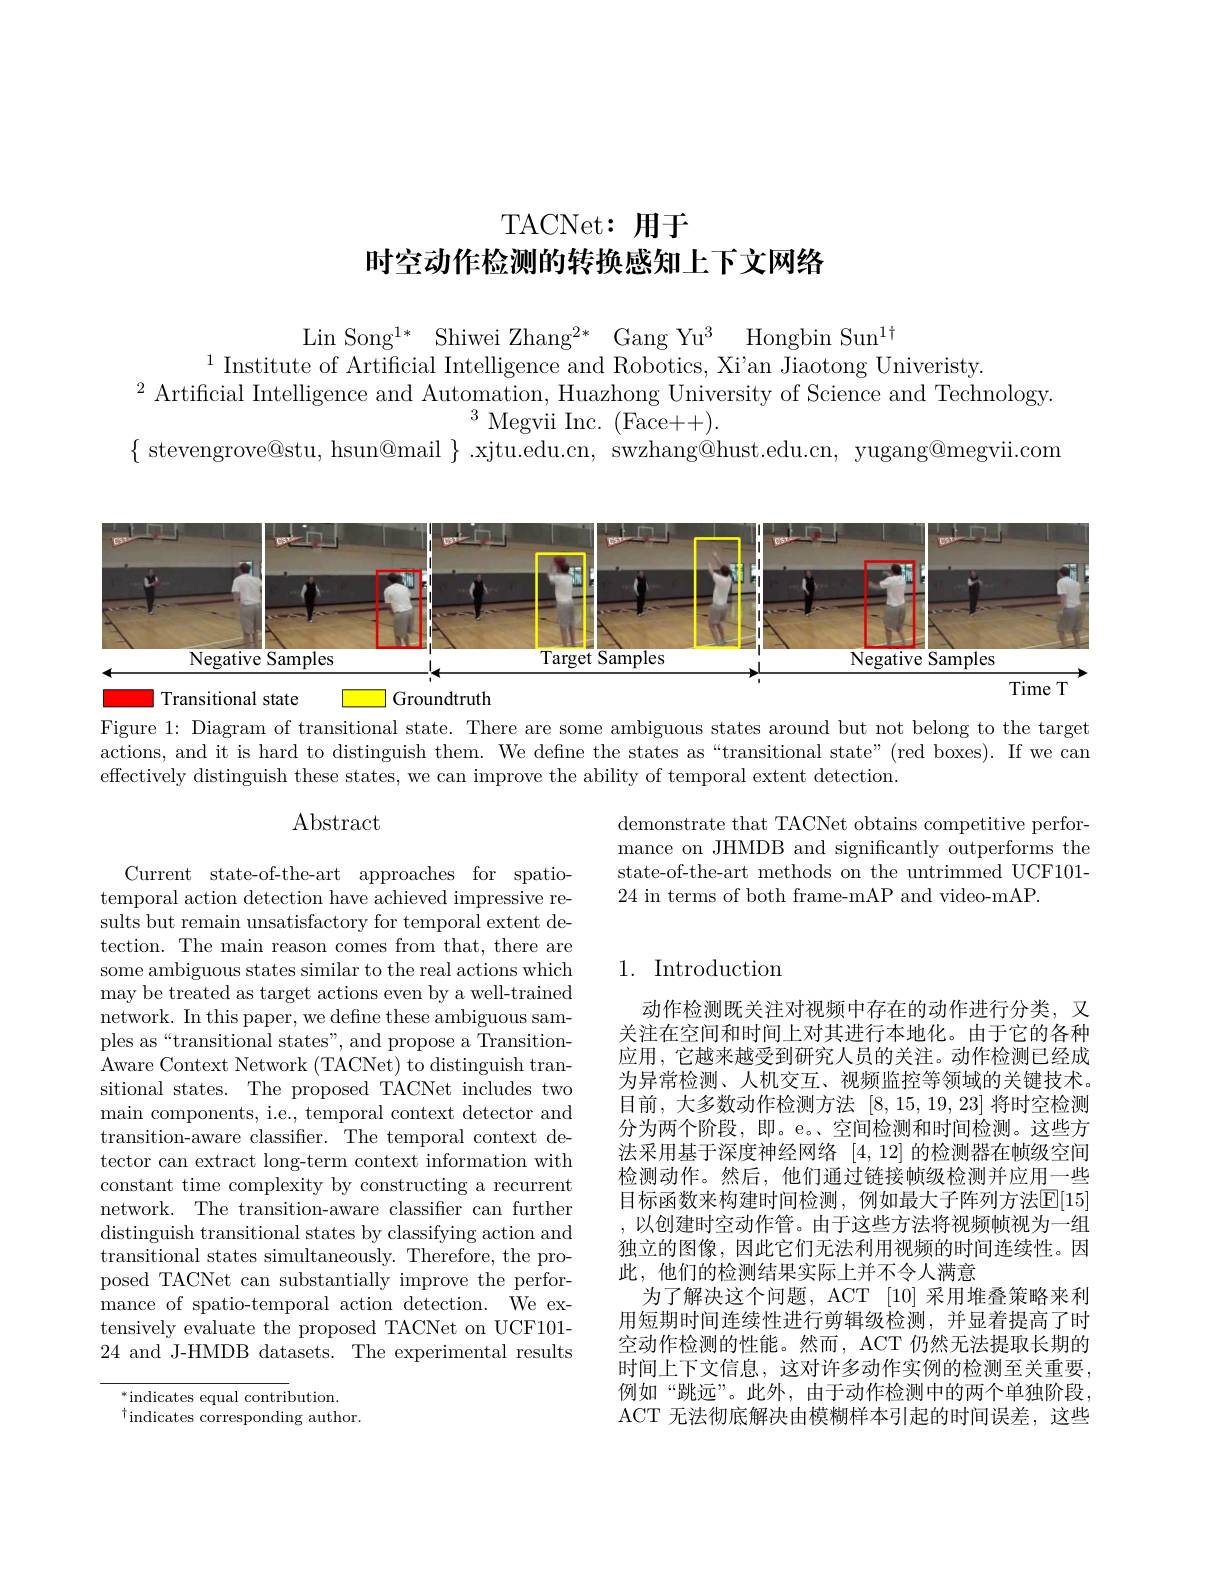
TACNet: 用于

时空动作检测的转换感知上下文网络

Lin Song$^1*$ Shiwei Zhang$^2*$ Gang Yu$^3$ Hongbin Sun$^1\dagger$
$^{1}$ Institute of Artificial Intelligence and Robotics, Xi'an Jiaotong Univeristy.
$^{2}$ Artificial Intelligence and Automation, Huazhong University of Science and Technology.
$^{3}$ Megvii Inc. $(\bar{\mathrm{Face}}++).$
$\{$ stevengrove@stu, hsun@mail $\}$ .xjtu.edu.cn, swzhang@hust.edu.cn, yugang@megvii.com

<FigureHere>
I Transitional state

| Groundtruth

Figure 1: Diagram of transitional state. There are some ambiguous states around but not belong to the target actions, and it is hard to distinguish them. We define the states as“transitional state”(red boxes). If we can effectively distinguish these states, we can improve the ability of temporal extent detection.

## Abstract

demonstrate that TACNet obtains competitive performance on JHMDB and significantly outperforms the state-of-the-art methods on the untrimmed UCF101- 24 in terms of both frame-mAP and video-mAP.

## 1. Introduction

Current state-of-the-art approaches for spatiotemporal action detection have achieved impressive results but remain unsatisfactory for temporal extent detection. The main reason comes from that, there are some ambiguous states similar to the real actions which may be treated as target actions even by a well-trained network. In this paper, we define these ambiguous samples as“transitional states”, and propose a TransitionAware Context Network (TACNet) to distinguish transitional states. The proposed TACNet includes two main components, i.e., temporal context detector and transition-aware classifier. The temporal context detector can extract long-term context information with constant time complexity by constructing a recurrent network. The transition-aware classifier can further distinguish transitional states by classifying action and $\bar{\text{transitional states simultaneously. Therefore, the pro-}}$ posed TACNet can substantially improve the performance of spatio-temporal action detection. We extensively evaluate the proposed TACNet on UCF101- 24 and J-HMDB datasets. The experimental results

动作检测既关注对视频中存在的动作进行分类，又关注在空间和时间上对其进行本地化。由于它的各种应用，它越来越受到研究人员的关注。动作检测已经成为异常检测、人机交互、视频监控等领域的关键技术。目前，大多数动作检测方法 [8,15,19,23] 将时空检测分为两个阶段，即。e。、空间检测和时间检测。这些方法采用基于深度神经网络[4,12]的检测器在帧级空间检测动作。然后，他们通过链接帧级检测并应用一些目标函数来构建时间检测，例如最大子阵列方法$\mathbb{E}[15]$ ,以创建时空动作管。由于这些方法将视频帧视为一组独立的图像，因此它们无法利用视频的时间连续性。因此，他们的检测结果实际上并不令人满意
为了解决这个问题，ACT [10] 采用堆叠策略来利用短期时间连续性进行剪辑级检测，并显着提高了时空动作检测的性能。然而，ACT 仍然无法提取长期的时间上下文信息，这对许多动作实例的检测至关重要， 例如“跳远”。此外，由于动作检测中的两个单独阶段， ACT 无法彻底解决由模糊样本引起的时间误差，这些

$^{*}$indicates equal contribution.
$^{\dagger}$indicates corresponding author.